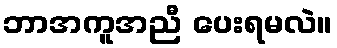
ဘာအကူအညီ ပေးရမလဲ။